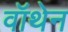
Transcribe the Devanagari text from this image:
वॉथेन